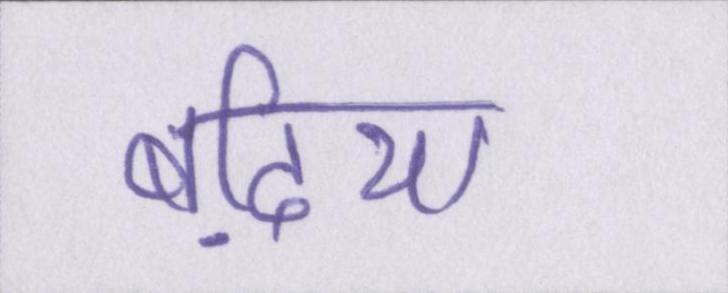
बढि़या